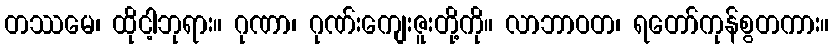
တဿမေ၊ ထိုငါ့ဘုရား။ ဂုဏာ၊ ဂုဏ်းကျေးဇူးတို့ကို။ လာဘာဝတ၊ ရတော်ကုန်စွတကား။